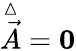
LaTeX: \overset{\vartriangle}{\vec{A}}=\boldsymbol{0}